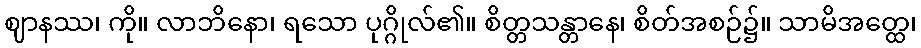
ဈာနဿ၊ ကို။ လာဘိနော၊ ရသော ပုဂ္ဂိုလ်၏။ စိတ္တသန္တာနေ၊ စိတ်အစဉ်၌။ သာမိအတ္ထေ၊